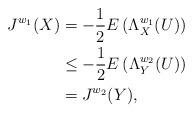
LaTeX: \begin{align*}J^{w_1}(X)&= -\frac{1}{2}E\left(\Lambda_X^{w_1} (U)\right)\\&\le -\frac{1}{2}E\left(\Lambda_Y^{w_2} (U)\right)\\&=J^{w_2}(Y),\end{align*}